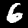
Label: 6